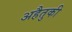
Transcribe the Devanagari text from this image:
अहैतुकी